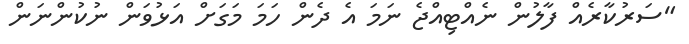
"ސަރުކާރެއް ފާލުން ނެއްޓިއްޖެ ނަމަ އެ ދެން ހަމަ މަގަށް އަޅުވަން ނުކުންނަން